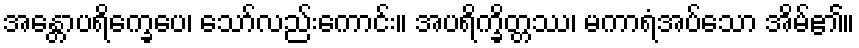
အန္တောပရိက္ခေပေ၊ သော်လည်းကောင်း။ အပရိက္ခိတ္တဿ၊ မကာရံအပ်သော အိမ်၏။